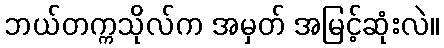
ဘယ်တက္ကသိုလ်က အမှတ် အမြင့်ဆုံးလဲ။